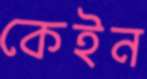
কেইন